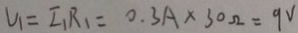
V _ { 1 } = I _ { 1 } R _ { 1 } = 0 . 3 A \times 3 0 \Omega = 9 V